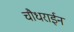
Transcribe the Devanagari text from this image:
चौधराईन